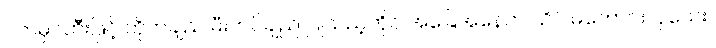
ဝက်မှင်ဘီးဖြင့် တိုက်ချည် မီးကင်ချည် ပြုသည့်တိုင် အခြေအနေက သိပ် မကောင်းလှသေး။